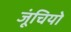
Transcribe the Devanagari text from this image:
जूंचियो